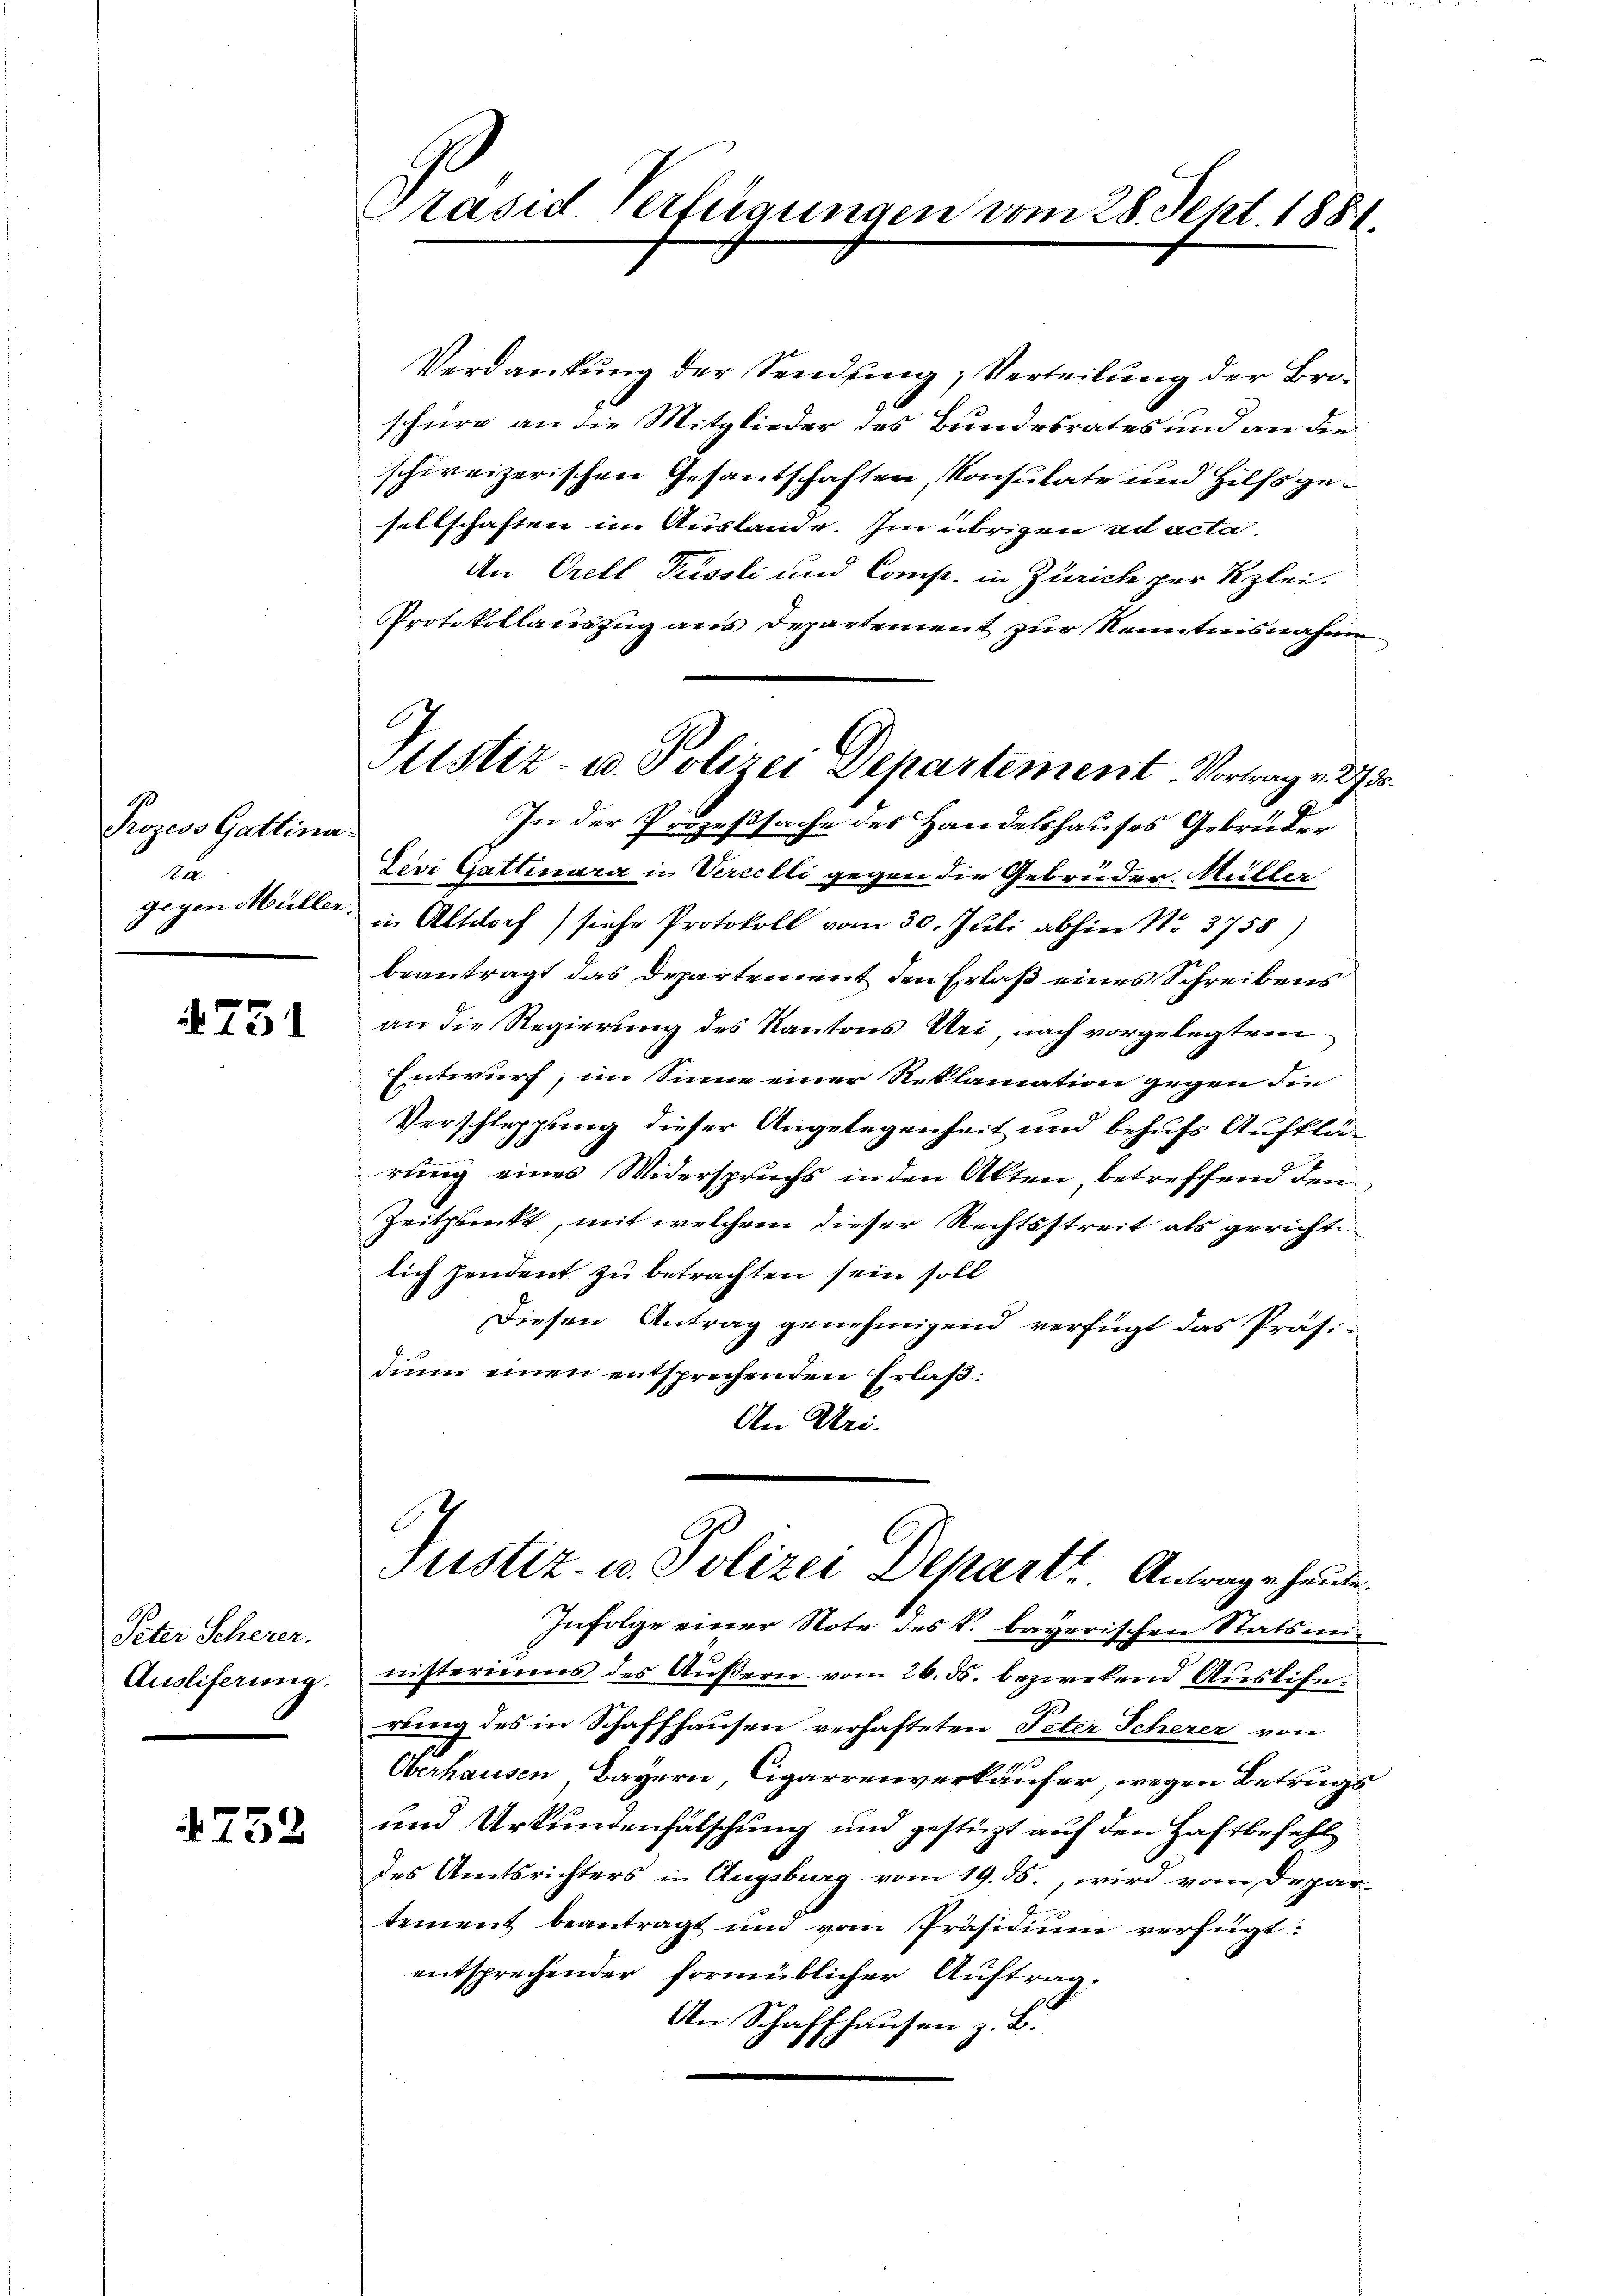
Prozess Gattina
zu
gegen Müller.

751

Peter Scherer.
Ausliferung.

752

Präsid. Verfügungen vom 28. Sept. 1884.

Justiz- u. Polizei Departement. Vortrag v. 27.

Verdankung der Sendung, Verteilung der Broschüre an die Mitglieder des Bundesrates und an die
schweizerischen Gesantschaften, Konsulate und Hilfsgesellschaften im Auslande. Im übrigen ad acta
An Orell Püssli und Comp. in Zürich zur Klei¬
Protokollauszug aus Departement zur Kenntnisnahme
In der Prozeßsache des Handelshauses Gebrüder
Levi Gattinara in Vercelli gegen die Gebrüder. Müller
in Altdorf) siche Protokoll vom 30. Juli abhin Nr. 3758)
beantragt das Departement den Erlaß eines Schreibens
an die Regierung des Kantons Uri, nach vorgelegtem
Entwurf, im Sinne einer Reklamation gegen die
Verschleppung dieser Angelegenheit und behufs Aufklärung eines Widerspruchs in den Akten betreffend den
Zeitpunkt, mit welchem dieser Rechtsstreit als gerichte
lich zendent zu betrachten sein soll
Diesen Antrag genehmigend verfügt das Präsidium einen entsprechenden Erlaß:
An Uri.
Justiz- u. Polizei Depart. Antrage heute.
Infolge einer Note des k. bayerischen Statsministeriums des Äußern vom 26. ds. bezwekend Auslierung des in Schaffhausen verhafteten Peter Scherer von
Oberhausen Bayern, Cigarrenverkäufer, wegen Betrugs
und Urkundenfälschung und gestüzt auf den Haftbefehl
des Amtsrichters in Augsburg vom 19. ds., wird vom Depar-
tement beantragt und vom Präsidium verfügt:
entsprechender formüblicher Auftrag,
An Schaffhausen z. B.